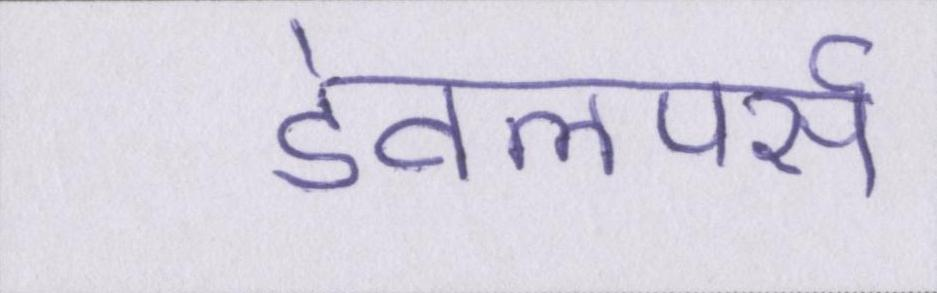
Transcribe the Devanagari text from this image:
डेवलपर्स